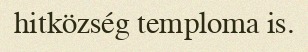
hitközség temploma is.